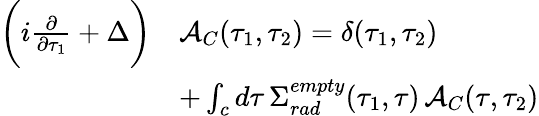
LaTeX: \begin{array}{rl}{\bigg(i\frac{\partial}{\partial\tau_{1}}+\Delta\bigg)}&{\mathcal{A}_{C}(\tau_{1},\tau_{2})=\delta(\tau_{1},\tau_{2})}\\ &{+\int_{c}d\tau\, \Sigma_{rad}^{empty}(\tau_{1},\tau)\, \mathcal{A}_{C}(\tau,\tau_{2})}\end{array}